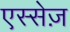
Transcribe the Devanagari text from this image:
एस्सेज़